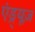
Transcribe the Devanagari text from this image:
एंड्र्यूज़